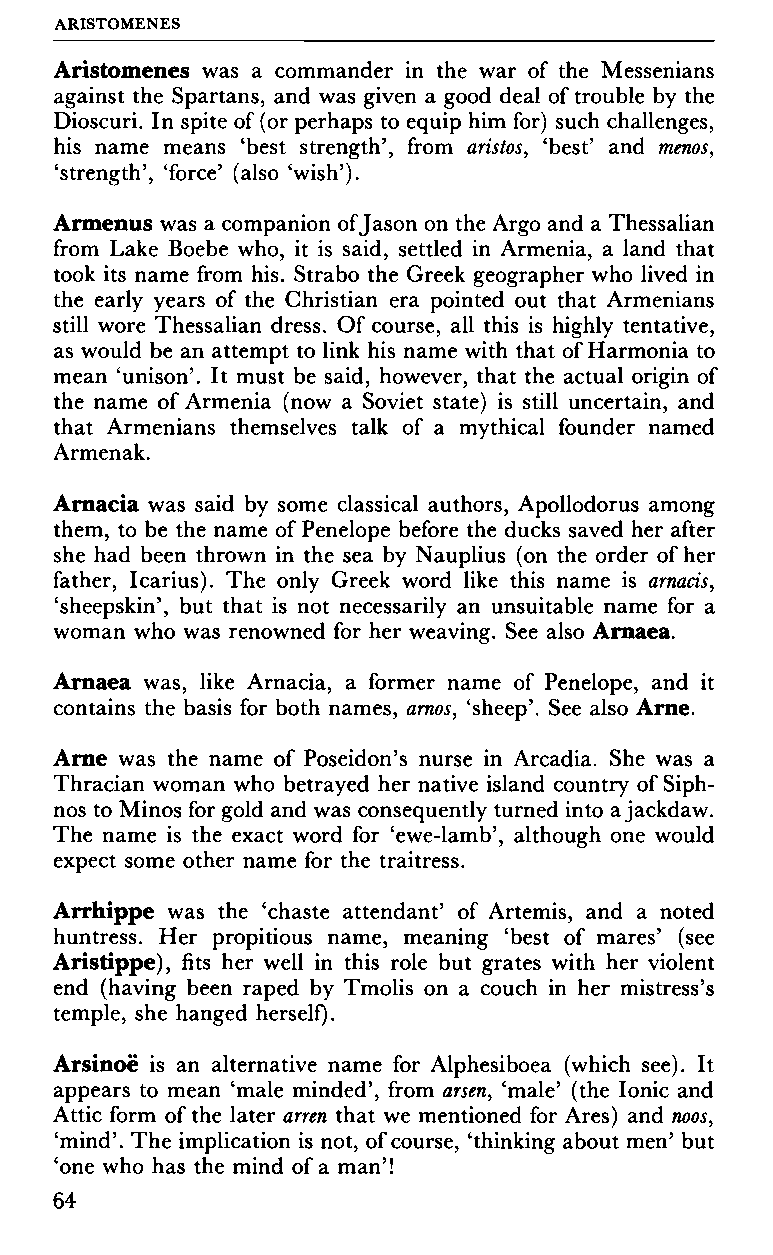
ARISTOMENES
 Aristomenes was a commander in the war of the Messenians
 against the Spartans, and was given a good deal of trouble by the
 Dioscuri. In spite of (or perhaps to equip him for) such challenges,
 his name means 'best strength', from aristos, 'best' and menos,
 'strength', 'force' (also 'wish').
 Armenus was a companion of Jason on the Argo and a Thessalian
 from Lake Boebe who, it is said, settled in Armenia, a land that
 took its name from his. Strabo the Greek geographer who lived in
 the early years of the Christian era pointed out that Armenians
 still wore Thessalian dress. Of course, all this is highly tentative,
 as would be an attempt to link his name with that of Harmonia to
 mean 'unison'. It must be said, however, that the actual origin of
 the name of Armenia (now a Soviet state) is still uncertain, and
 that Armenians themselves talk of a mythical founder named
 Armenak.
 Arnacia was said by some classical authors, Apollodorus among
 them, to be the name of Penelope before the ducks saved her after
 she had been thrown in the sea by Nauplius (on the order of her
 father, Icarius). The only Greek word like this name is arnacis,
 'sheepskin', but that is not necessarily an unsuitable name for a
 woman who was renowned for her weaving. See also Arnaea.
 Arnaea was, like Arnacia, a former name of Penelope, and it
 contains the basis for both names, arnos, 'sheep'. See also Arne.
 Arne was the name of Poseidon's nurse in Arcadia. She was a
 Thracian woman who betrayed her native island country of Siph-
 nos to Minos for gold and was consequently turned into a jackdaw.
 The name is the exact word for 'ewe-lamb', although one would
 expect some other name for the traitress.
 Arrhippe was the 'chaste attendant' of Artemis, and a noted
 huntress. Her propitious name, meaning 'best of mares' (see
 Aristippe), fits her well in this role but grates with her violent
 end (having been raped by Tmolis on a couch in her mistress's
 temple, she hanged herself).
 Arsinoë is an alternative name for Alphesiboea (which see). It
 appears to mean 'male minded', from arsen, 'male' (the Ionic and
 Attic form of the later arren that we mentioned for Ares) and noos,
 'mind'. The implication is not, of course, 'thinking about men' but
 'one who has the mind of a man'!
 64